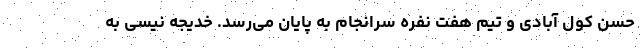
حسن کول آبادی و تیم هفت نفره سرانجام به پایان می‌رسد. خدیجه نیسی به